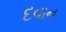
દવાન